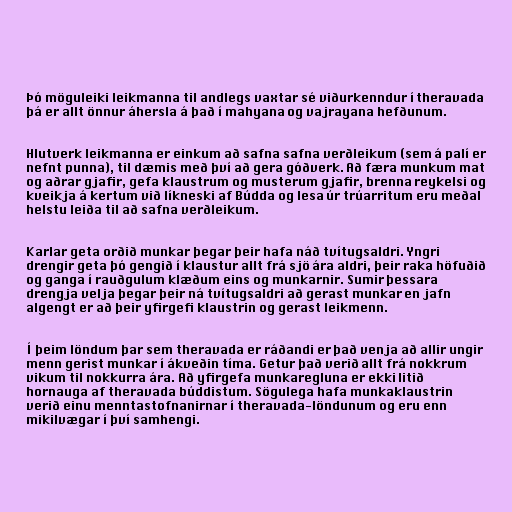
Þó möguleiki leikmanna til andlegs vaxtar sé viðurkenndur í theravada
þá er allt önnur áhersla á það í mahyana og vajrayana hefðunum.

Hlutverk leikmanna er einkum að safna safna verðleikum (sem á palí er
nefnt punna), til dæmis með því að gera góðverk. Að færa munkum mat
og aðrar gjafir, gefa klaustrum og musterum gjafir, brenna reykelsi og
kveikja á kertum við líkneski af Búdda og lesa úr trúarritum eru meðal
helstu leiða til að safna verðleikum.

Karlar geta orðið munkar þegar þeir hafa náð tvítugsaldri. Yngri
drengir geta þó gengið í klaustur allt frá sjö ára aldri, þeir raka höfuðið
og ganga í rauðgulum klæðum eins og munkarnir. Sumir þessara
drengja velja þegar þeir ná tvítugsaldri að gerast munkar en jafn
algengt er að þeir yfirgefi klaustrin og gerast leikmenn.

Í þeim löndum þar sem theravada er ráðandi er það venja að allir ungir
menn gerist munkar í ákveðin tíma. Getur það verið allt frá nokkrum
vikum til nokkurra ára. Að yfirgefa munkaregluna er ekki litið
hornauga af theravada búddistum. Sögulega hafa munkaklaustrin
verið einu menntastofnanirnar í theravada-löndunum og eru enn
mikilvægar í því samhengi.